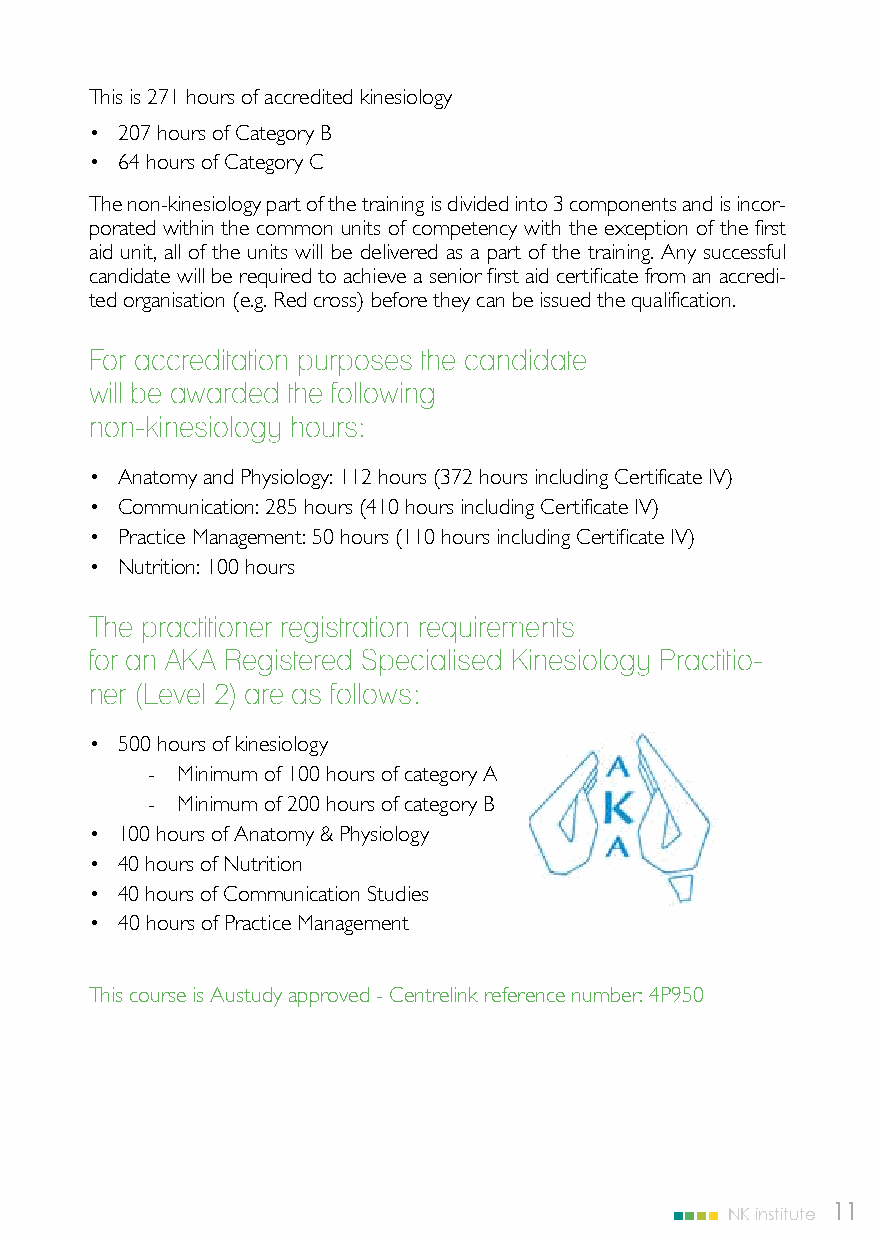
This is 271 hours of accredited kinesiology
 • 207 hours of Category B
 • 64 hours of Category C
 The non-kinesiology part of the training is divided into 3 components and is incor-
 porated within the common units of competency with the exception of the first
 aid unit, all of the units will be delivered as a part of the training. Any successful
 candidate will be required to achieve a senior first aid certificate from an accredi-
 ted organisation (e.g. Red cross) before they can be issued the qualification.
 For accreditation purposes the candidate
 will be awarded the following
 non-kinesiology hours:
 • Anatomy and Physiology: 112 hours (372 hours including Certificate IV)
 • Communication: 285 hours (410 hours including Certificate IV)
 • Practice Management: 50 hours (110 hours including Certificate IV)
 • Nutrition: 100 hours
 The practitioner registration requirements
 for an AKA Registered Specialised Kinesiology Practitio-
 ner (Level 2) are as follows:
 • 500 hours of kinesiology
 - Minimum of 100 hours of category A
 - Minimum of 200 hours of category B
 • 100 hours of Anatomy & Physiology
 • 40 hours of Nutrition
 • 40 hours of Communication Studies
 • 40 hours of Practice Management
 This course is Austudy approved - Centrelink reference number: 4P950
 NK institute 11